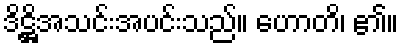
ဒိဋ္ဌိအသင်းအပင်းသည်။ ဟောတိ၊ ၏။